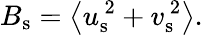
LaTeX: {B}_{\mathrm{s}}=\left<{u}_{\mathrm{s}}^{\, 2}+{v}_{\mathrm{s}}^{\, 2}\right>.